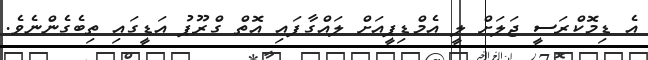
އެ ޑިމޮކްރަސީ ޖަލަށް ލީ އެމްޑިޕީއަށް ލައްގާފައި އޮތް ގްރޫޕު އަޑީގައި ތިބެގެންނެވެ.